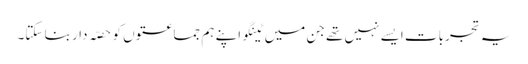
یہ تجربات ایسے نہیں تھے جن میں ٹینگو اپنے ہم جماعتوں کو حصّہ دار بنا سکتا۔